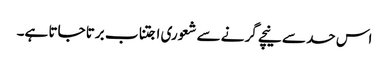
اس حد سے نیچے گرنے سے شعوری اجتناب برتا جاتا ہے۔